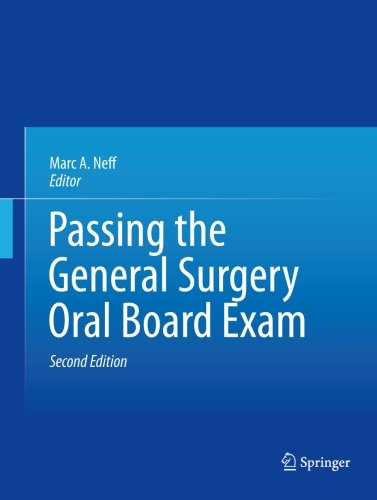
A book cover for Passing the General Surgery Oral Board Exam; Medical Books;